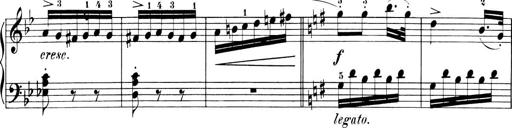
Title: 6 Piano Sonatinas
Composer: Cornelius Gurlitt